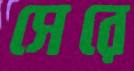
সেরে